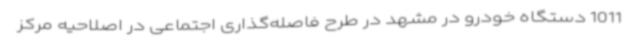
1011 دستگاه خودرو در مشهد در طرح فاصله‌گذاری اجتماعی در اصلاحیه مرکز